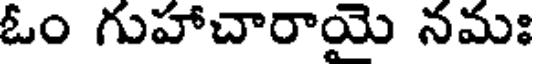
ఓం గుహాచారాయై నమః